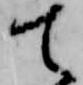
て